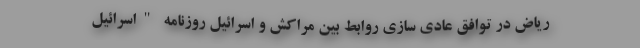
ریاض در توافق عادی سازی روابط بین مراکش و اسرائیل روزنامه "اسرائیل